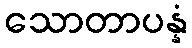
သောတာပန္နံ